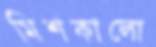
মিশকালো